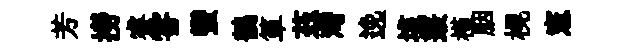
芳撈睿甞蠻鶺箪茲灣𨓜垓叢槿胭榥憲